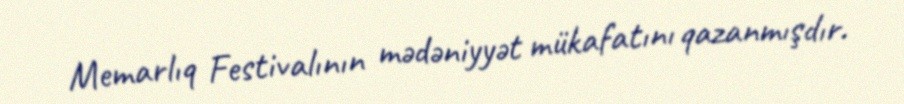
Memarlıq Festivalının mədəniyyət mükafatını qazanmışdır.